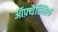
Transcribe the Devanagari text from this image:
ऑफ़्थैल्मिक